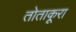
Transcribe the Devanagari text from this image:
तोताकूरा